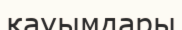
қауымдары